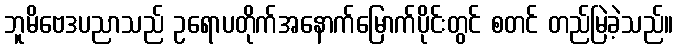
ဘူမိဗေဒပညာသည် ဥရောပတိုက်အနောက်မြောက်ပိုင်းတွင် စတင် တည်မြဲခဲ့သည်။